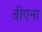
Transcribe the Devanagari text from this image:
वीएना